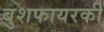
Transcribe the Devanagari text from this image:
बुशफायरकी